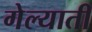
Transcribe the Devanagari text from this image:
गेल्याती